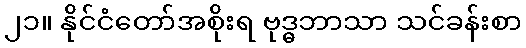
၂၁။ နိုင်ငံတော်အစိုးရ ဗုဒ္ဓဘာသာ သင်ခန်းစာ